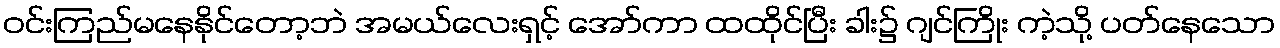
ဝင်းကြည်မနေနိုင်တော့ဘဲ အမယ်လေးရှင့် အော်ကာ ထထိုင်ပြီး ခါး၌ ဂျင်ကြိုး ကဲ့သို့ ပတ်နေသော